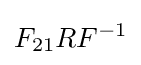
F_{21}RF^{-1}